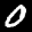
Label: 0